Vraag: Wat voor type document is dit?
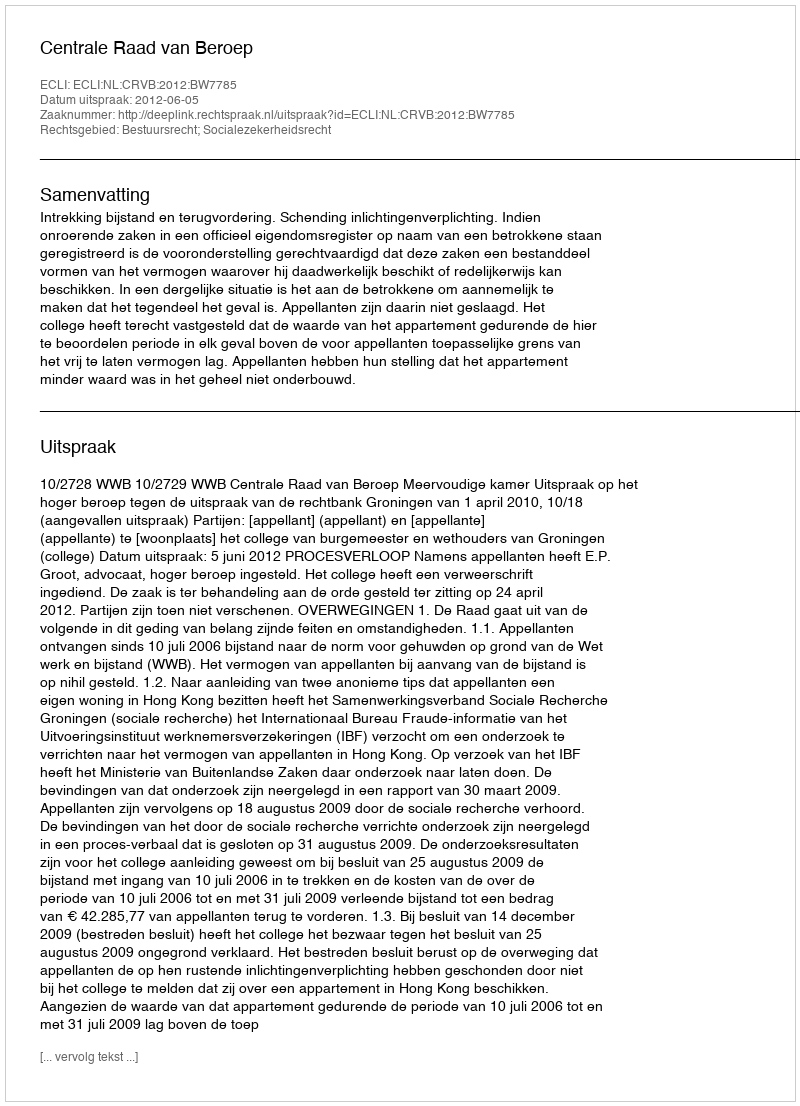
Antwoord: Uitspraak